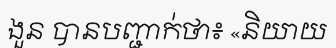
ងួន បានបញ្ជាក់ថា៖ «និយាយ